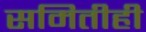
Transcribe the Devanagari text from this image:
समितीही